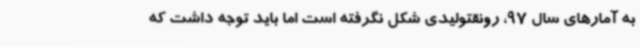
به آمارهای سال 97، رونقتولیدی شکل نگرفته است اما باید توجه داشت که